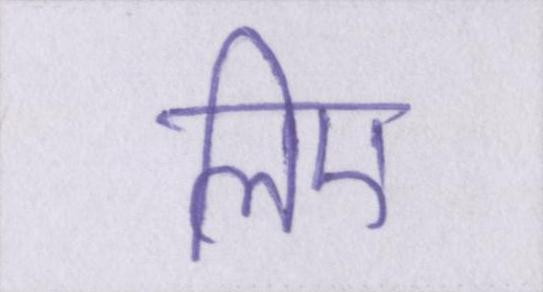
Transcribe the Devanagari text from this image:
लिए